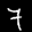
Label: 7